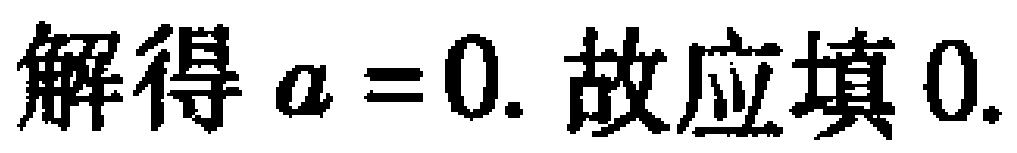
解得 \(a = 0.\) 故应填 \(0.\)